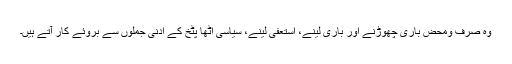
وہ صرف ومحض باری چھوڑنے اور باری لینے، استعفیٰ لینے، سیاسی اٹھا پٹخ کے ادنیٰ جملوں سے بروئے کار آتے ہیں۔